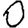
Digit: 0